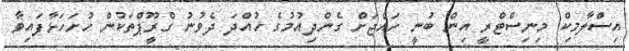
އިސްލާމިކް މިނިސްޓްރީ އިން ބުނީ ހައްޖަށް ގެންދިއުމުގެ ހުއްދަ ދެވުނު ގްރީޫޕްތަކުން ހުށަހަޅާފައިވާ